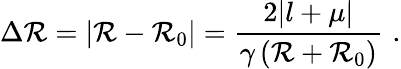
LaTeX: \Delta\mathcal{R}=\left|\mathcal{R}-\mathcal{R}_{0}\right|=\frac{{2|l+\mu|}}{{\gamma\left(\mathcal{R}+\mathcal{R}_{0}\right)}}\, \, .